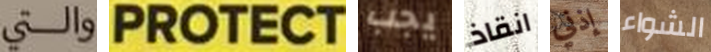
والتي PROTECT يجب انقاذ إذني الشواء